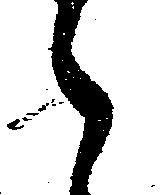
々